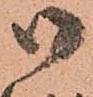
御